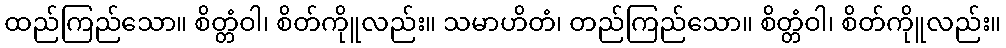
ထည်ကြည်သော။ စိတ္တံဝါ၊ စိတ်ကိုူလည်း။ သမာဟိတံ၊ တည်ကြည်သော။ စိတ္တံဝါ၊ စိတ်ကိုူလည်း။